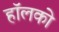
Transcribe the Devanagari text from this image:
हॉलको